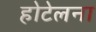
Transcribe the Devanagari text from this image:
होटेलना